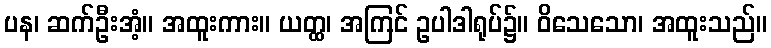
ပန၊ ဆက်ဦးအံ့။ အထူးကား။ ယတ္ထ၊ အကြင် ဥပါဒါရုပ်၌။ ဝိသေသော၊ အထူးသည်။